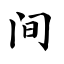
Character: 间